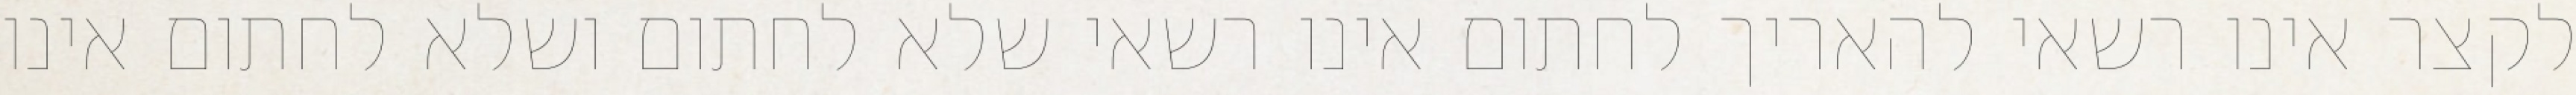
לקצר אינו רשאי להאריך לחתום אינו רשאי שלא לחתום ושלא לחתום אינו